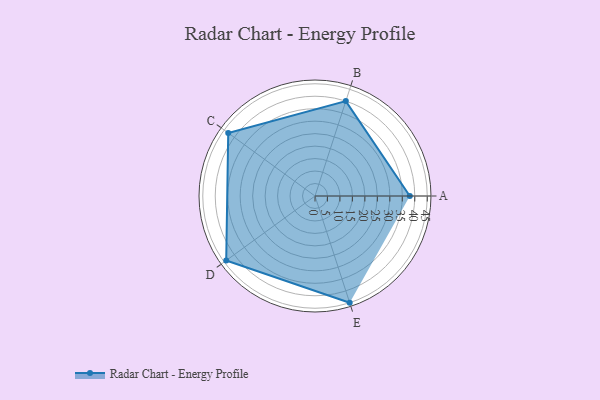
{"axis": {"x": "Skill", "y": "Score"}, "legend": ["Profile"], "data": [{"x": "A", "y": 38.0, "type": "Profile"}, {"x": "B", "y": 40.0, "type": "Profile"}, {"x": "C", "y": 43.0, "type": "Profile"}, {"x": "D", "y": 44.0, "type": "Profile"}, {"x": "E", "y": 45.0, "type": "Profile"}]}